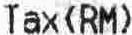
TAX(RM)